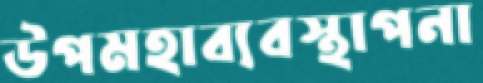
উপমহাব্যবস্থাপনা